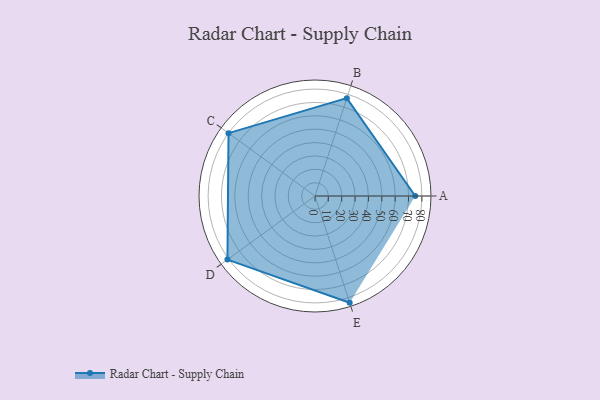
{"axis": {"x": "Skill", "y": "Score"}, "legend": ["Profile"], "data": [{"x": "A", "y": 75.0, "type": "Profile"}, {"x": "B", "y": 77.0, "type": "Profile"}, {"x": "C", "y": 80.0, "type": "Profile"}, {"x": "D", "y": 81.0, "type": "Profile"}, {"x": "E", "y": 84.0, "type": "Profile"}]}